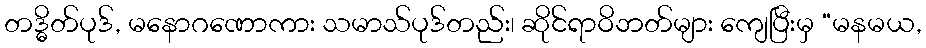
တဒ္ဓိတ်ပုဒ်, မနောဂဏောကား သမာသ်ပုဒ်တည်း၊ ဆိုင်ရာဝိဘတ်များ ကျေပြီးမှ “မနမယ,